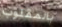
بالمقلوب